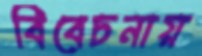
বিবেচনায়